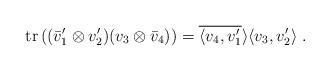
LaTeX: \begin{align*}\mathrm{tr}\left( (\bar v_1'\otimes v_2')(v_3\otimes\bar v_4)\right)=\overline{\langle v_4,v'_1}\rangle\langle v_3,v_2'\rangle\;.\end{align*}